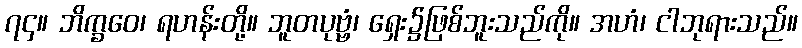
၇၄။ ဘိက္ခဝေ၊ ရဟန်းတို့။ ဘူတပုဗ္ဗံ၊ ရှေး၌ဖြစ်ဘူးသည်ကို။ အဟံ၊ ငါဘုရားသည်။